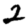
Digit: 2